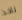
ناخذ